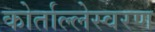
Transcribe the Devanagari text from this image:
कोर्ताल्लेस्वरण